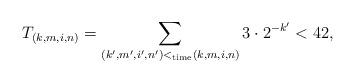
LaTeX: \begin{align*}T_{(k,m,i,n)} = \sum_{(k',m',i',n')<_{\mathrm{time}}(k,m,i,n)}3\cdot2^{-k'} < 42,\end{align*}